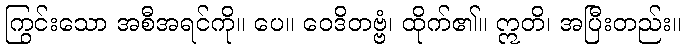
ကြွင်းသော အစီအရင်ကို။ ပေ။ ဝေဒိတဗ္ဗံ၊ ထိုက်၏။ ဣတိ၊ အပြီးတည်း။